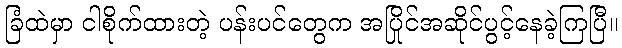
ခြံထဲမှာ ငါစိုက်ထားတဲ့ ပန်းပင်တွေက အပြိုင်အဆိုင်ပွင့်နေခဲ့ကြပြီ။